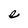
Character: e